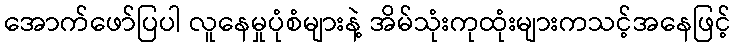
အောက်ဖော်ပြပါ လူနေမှုပုံစံများနဲ့ အိမ်သုံးကုထုံးများကသင့်အနေဖြင့်